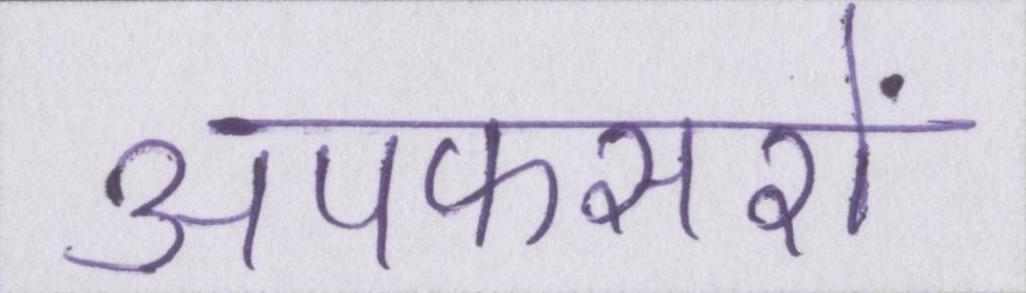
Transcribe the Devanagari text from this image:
अपफसरों